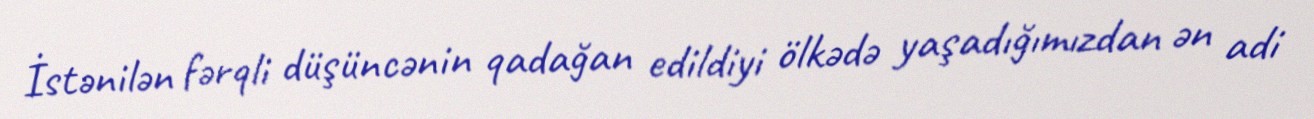
İstənilən fərqli düşüncənin qadağan edildiyi ölkədə yaşadığımızdan ən adi